Annual report on the lock hospitals of the Madras Presidency
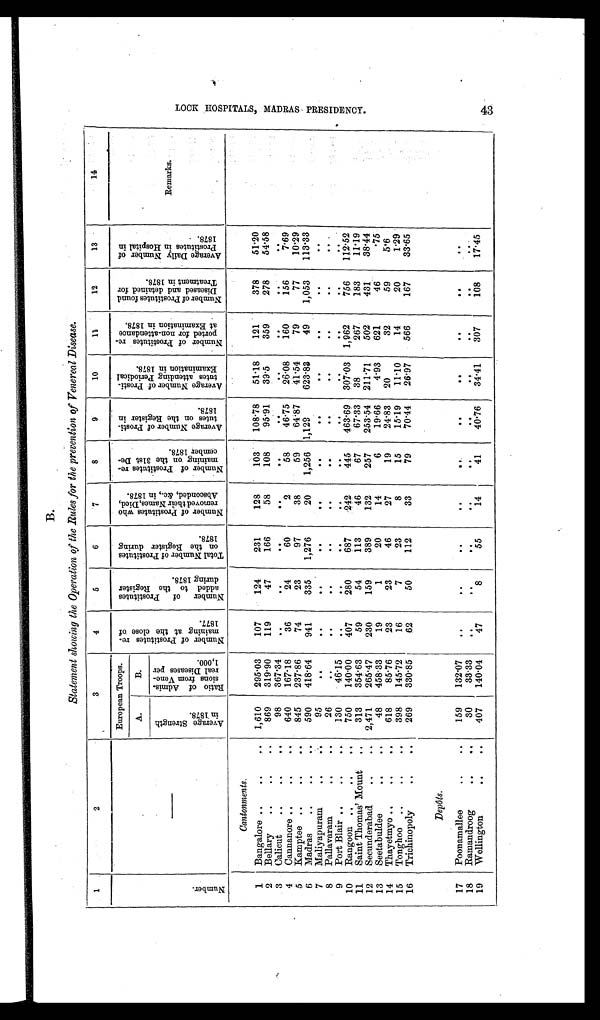
B.
Statement showing the Operation of the Rules for the prevention of Venereal Disease.
1
2
3
4
5
6
7
8
9
10
11
12
13
14
N u m b e r .
—
European Troops.
N u m b e r o f P r o s t i t u t e s r e - m a i n i n g a t t h e c l o s e o f 1 8 7 7 .
N u m b e r o f P r o s t i t u t e s a d d e d t o t h e R e g i s t e r d u r i n g 1 8 7 8 .
T o t a l N u m b e r o f P r o s t i t u t e s o n t h e R e g i s t e r d u r i n g 1 8 7 8 .
N u m b e r o f P r o s t i t u t e s w h o r e m o v e d t h e i r N a m e s , D i e d , A b s c o n d e d , & c . , i n 1 8 7 8 .
N u m b e r o f P r o s t i t u t e s r e - m a i n i n g o n t h e 3 1 s t D e - c e m b e r 1 8 7 8 .
A v e r a g e N u m b e r o f P r o s t i t u t e s o n t h e R e g i s t e r i n 1 8 7 8 .
A v e r a g e N u m b e r o f P r o s t i t u t e s a t t e n d i n g P e r i o d i c a l E x a m i n a t i o n i n 1 8 7 8 .
N u m b e r o f P r o s t i t u t e s r e - p o r t e d f o r n o n - a t t e n d a n c e a t E x a m i n a t i o n i n 1 8 7 8 .
N u m b e r o f P r o s t i t u t e s f o u n d D i s e a s e d a n d d e t a i n e d f o r T r e a t m e n t i n 1 8 7 8 .
A v e r a g e D a i l y N u m b e r o f P r o s t i t u t e s i n H o s p i t a l i n 1 8 7 8 .
Remarks.
A.
B.
A v e r a g e S t r e n g t h i n 1 8 7 8 .
R a t i o o f A d m i s - s i o n s f r o m V e n e - r e a l D i s e a s e s p e r 1 , 0 0 0 .
Cantonments.
1
Bangalore ..
..
1,610
295·03
107
124
231
128
103
108·78
51·18
121
378
51·20
2
Bellary
..
..
..
869
319·90
119
47
166
58
108
95·91
39·5
359
278
54·58
3
Calicut
..
.. ..
98
367·34
..
. .
. .
..
. .
..
. .
..
. .
. .
4
Cannanore ..
..
..
640
167·18
36
24
60
2
58
46·75
26·08
160
156
7·69
5
Kamptee ..
..
..
845
237·86
74
23
97
38
59
64·87 41·54
79
77
10·29
6
Madras
..
..
..
590
418·64
941
335
1,276
20
1,256 1,129
623·83
49
1,053
113·33
7
Maliyapuram
.. ..
95
..
..
..
. .
. .
. .
..
. .
..
..
. .
8
Pallavaram
.
..
26
. .
. .
. .
. .
. .
. .
. .
. .
. .
. .
. .
9
Port Blair .. .. ..
130
46·15
..
. .
. .
. .
. .
. .
. .
. .
. .
. .
10
Rangoon ..
.. ..
750
140·00
407
280
687
242
445
463·69 307·03 1,962
756
112·52
11
Saint Thomas' Mount
..
313
354·63
59
54
113
46
67
67·33
38
267
183
11·19
12
Secunderabad.
.. ..
2,471
265·47
230
159
389
132
257
253·54 211.71
502
431
38·44
13
Seetabuldee
..
..
48
458·33
19
1
20
14
6
19·66
4 · 9 3 621
46
. · 7 5
14
Thayetmyo ..
.. ..
618
85·76
23
23
46
27
19
24·83
20
32
59
5·6
15
Tonghoo ..
.. ..
398
145·72
16
7
23
8
15
15·19
11·10
14
20
1·29
16
Trichinopoly .. ..
269
330·85
62
50
112
33
79
70·44 26.97
566
167
33·65
Depots.
17
Poonamallee
..
..
159
132·07
..
..
. .
..
..
. .
..
..
..
. .
18
Ramandroog
.. ..
30
33·33
..
. .
..
. .
. .
. .
. .
. .
. .
. .
19
Wellington
..
..
407
140·04
47
8
55
14
41
40·76
34·41
307
108
1 7 · 4 5
4 3
L O C K H O S P I T A L S , M A D R A S P R E S I D E N C Y .